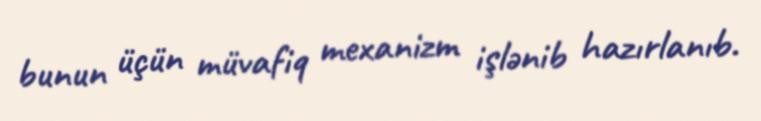
bunun üçün müvafiq mexanizm işlənib hazırlanıb.